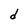
Character: d